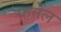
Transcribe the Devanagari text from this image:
फनेल